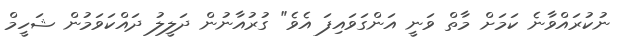
ނުކުރައްވާނެ ކަމަށް މާތް ވަނީ އަންގަވައިފަ އެވެ" ގުރުއާނުން ދަލީލު ދައްކަވަމުން ޝަހީމް